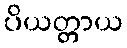
ပိယတ္တာယ